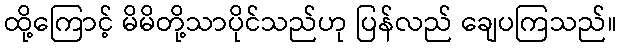
ထို့ကြောင့် မိမိတို့သာပိုင်သည်ဟု ပြန်လည် ချေပကြသည်။